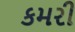
કમરી